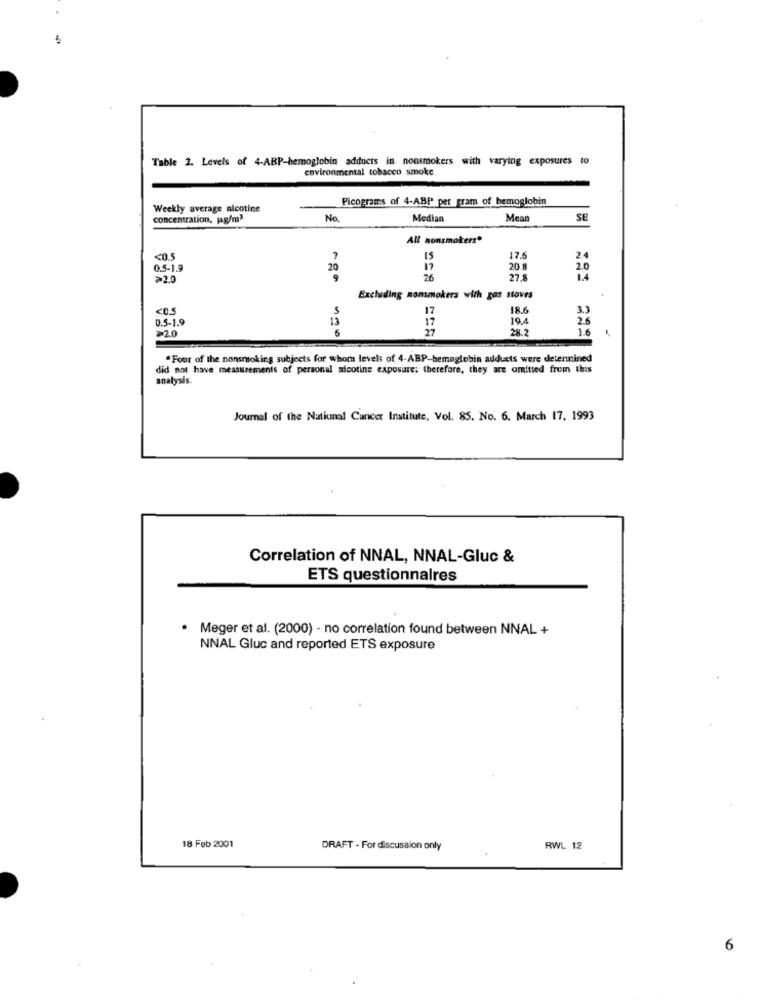
Table 2. Levels of 4-ABP-hemoglobin adducts in nonsmokers with varying exposures to
environmental tobacco smoke
Picograms of 4-ABP per gram of hemoglobin
Weekly average nicotine
concentration, jag/m3
No.
Median
Mean
SE
All nonsmokers*
<0.5
17.6
24
0.5-1.9
20
17
20.8
2.0
≥2.0
26
27.8
Excluding nonsmokers with gas stoves
<0.5
17
18.6
3.3
0.5-1.9
17
19.4
25
>2.0
13
6
28.2
1.6
" Four of the nonsmoking subjects for whom levels of 4-ABP-hemoglobin adduets were determined
did not have measurements of personal nicotine exposure; therefore, they are amitted from this
analysis.
Journal of the National Cancer Institute, Vol. 85. No. 6. March 17, 1993
Correlation of NNAL, NNAL-Gluc &
ETS questionnaires
Meger et al. (2000) - no correlation found between NNAL +
NNAL Gluc and reported ETS exposure
18 Feb 2001
DRAFT . For discussion only
RWL 12
6